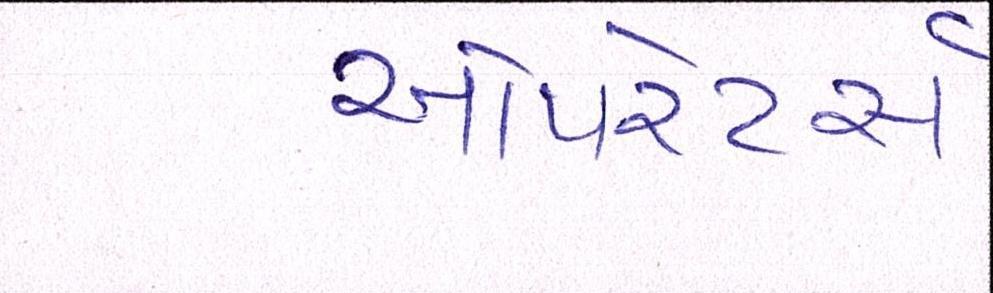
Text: ઓપરેટર્સ